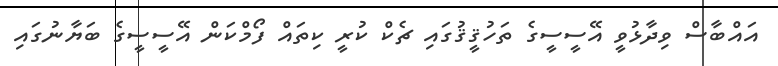
އައްބާސް ވިދާޅުވީ އޭސީސީގެ ތަހުޤީޤުގައި ޗެކް ކުރީ ކިތައް ފޯމްކަން އޭސީސީގެ ބަޔާނުގައި